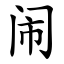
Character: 闹